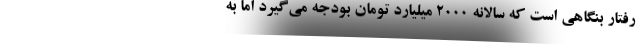
رفتار بنگاهی است که سالانه 2000 میلیارد تومان بودجه می‌گیرد اما به